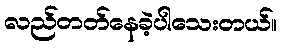
လည်တတ်နေခဲ့ပါသေးတယ်။